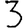
Digit: 3